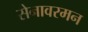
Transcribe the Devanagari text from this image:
सेनावरमन